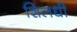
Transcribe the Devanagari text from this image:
शिलधी